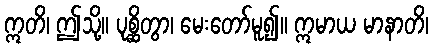
ဣတိ၊ ဤသို့။ ပုစ္ဆိတွာ၊ မေးတော်မူ၍။ ဣမာယ မာနာတိ၊